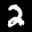
Label: 2